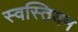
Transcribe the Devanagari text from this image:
स्वस्तियम